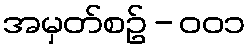
အမှတ်စဥ် - ၀၀၁